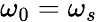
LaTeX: \omega_{0}=\omega_{s}